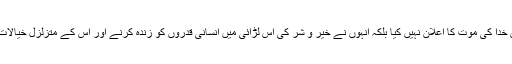
انہوں نے بے یقینی كے اس ماحول میں خدا كی موت كا اعلان نہیں كیا بلكہ انہوں نے خیر و شر كی اس لڑائی میں انسانی قدروں كو زندہ كرنے اور اس كے متزلزل خیالات میں استحكام پیدا كرنے كا رویہ اپنایا ۔